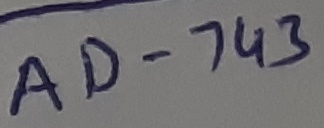
Text: AD-743